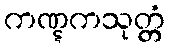
ကဏ္ဋကသုတ္တံ